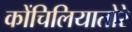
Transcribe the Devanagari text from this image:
कोंचिलियातोरे